Annual administration report of the Civil Veterinary Department, Ajmere-Merwara, British Rajputana - 1914-1940
Year: 1914
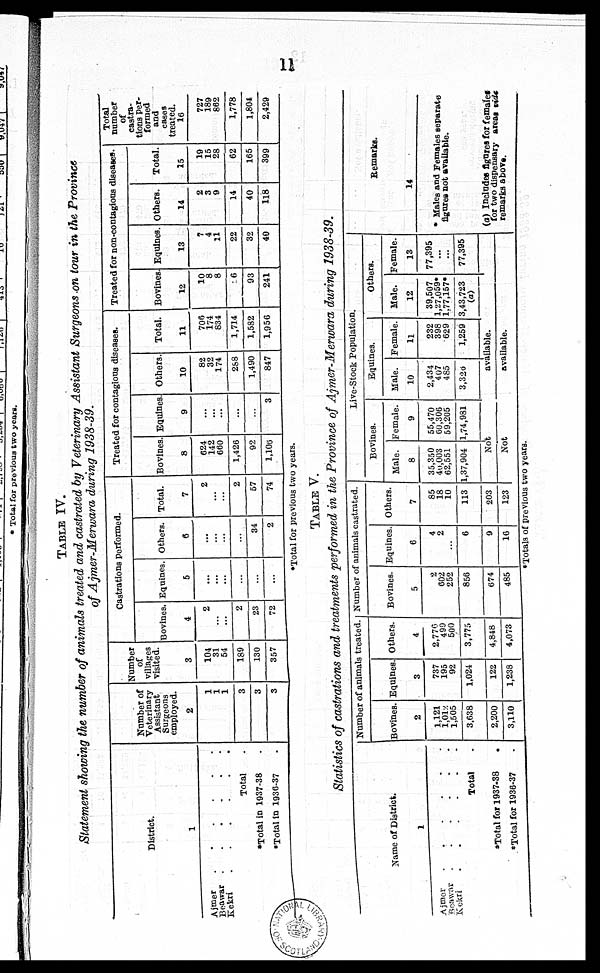
11
TABLE IV.
Statement showing the number of animals treated and castrated by Veterinary Assistant Surgeons on tour in the Province
of Ajmer-Merwara during 2938-39.
District.
1
Ajmer . . . . . .
Beawer . . . . . .
Kekri . . . . . .
Total .
*Total in 1937-38 .
*Total in 1930-37 .
Number of
Veterinary
Assistant
employed.
2
1
1
1
3
3
3
Number
of
villages
Visited.
3
104
31
54
189
130
357
Castrations Performed.
Bovines.
4
2
... ...
2
23
72
Equines.
5
...
... ...
...
...
...
Others.
6
...
... ...
...
34
2
Total.
7
2
... ...
2
57
74
Treated for contagions diseases.
Bovines.
8
624
142 660
1,426
92
1,106
Equities.
9
...
... ...
...
...
3
Others.
10
82
32 174
288
1,490
847
Total.
11
706
174 834
1,714
1,582
1,956
Treated for non-contagious diseases.
Bovines.
12
10
8
8
6
93
241
Equines.
13
7
4 11
22
32
40
Others.
14
2
3 9
14
40
118
Total.
25
19
15 28
62
165
399
Total
number
of
castra-
tions Per-
formed
and
cases
treated. 16
727
189
862
1,778
1,804
2,429
*Total for previous two years.
TABLE V.
Statistics of castrations and treatments performed in the Province of Ajmer-Merwara during 1938-39.
Name of District.
1
Ajmer . . . . . .
Beawar . . . . . .
Kekri . . . . .
Total .
Total for 1937-38
.
*Total for 1936-37 .
Number of animals treated.
Bovines.
2
1,121
1,012
1,505
3,638
2,200
3,110
Equines.
3
737
195
92
1,024
122
1,238
Others.
4
2,770
499
500
3,775
4,848
4,073
Number of animals castrated.
Bovines.
5
2
602
252
856
674
485
Equines.
6
4
2
...
6
9
16
Others.
7
85
18
10
113
203
123
Live-Stock Population.
Bovines.
Male.
8
35,350
40,003
62,551
1,37,904
Female.
9
55,470
60,306
59,205
1,74,981
Equines.
Male.
10
2,434
407
485
3,320
Female.
11
232
398
629
1,259
Others.
Male.
12
39,507
1,27,059*
1,77,157*
3,43,723
(a)
Female.
13
77,395
...
...
77,395
Not
available.
Not
available.
Remarks.
14
* Males and Females separate
figures not available.
(a) Includes figures for females
for two dispensary areas vide
remarks above.
*Totals of previous two years.